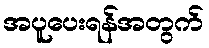
အပူပေးရန်အတွက်